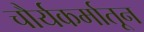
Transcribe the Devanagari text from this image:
चौर्यकर्मातून